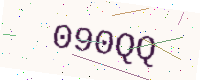
Text: 090QQ